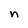
Character: n